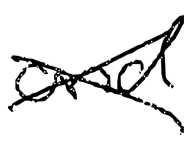
Text: and
Cross-out: mix
Writing tool: digital_black